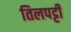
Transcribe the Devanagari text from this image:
तिलपट्टी